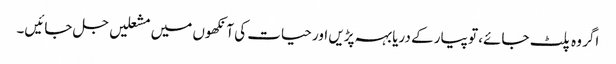
اگر وہ پلٹ جائے، تو پیار کے دریا بہہ پڑیں اور حیات کی آنکھوں میں مشعلیں جل جائیں۔